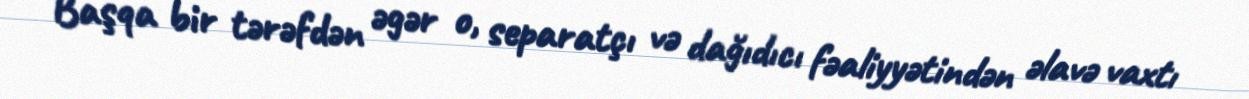
Başqa bir tərəfdən əgər o, separatçı və dağıdıcı fəaliyyətindən əlavə vaxtı